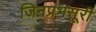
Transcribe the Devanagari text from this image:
जिनप्रभसूरी